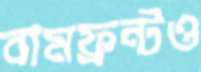
বামফ্রন্টও